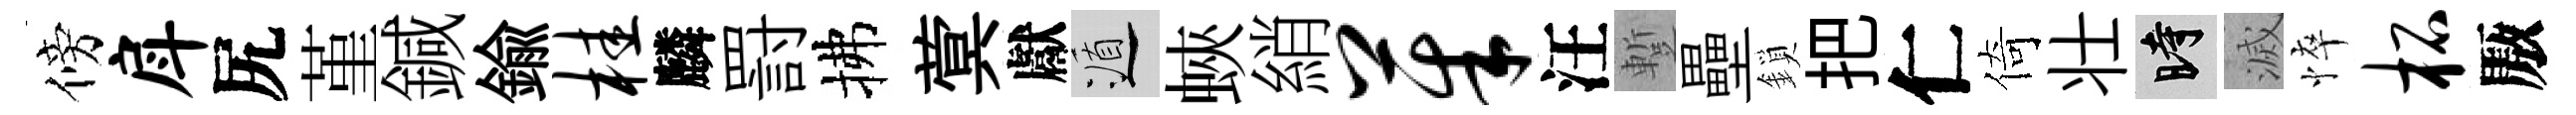
傍戽尻堇鍼鍮桂麟罸拂蓂獻遁蛺綃茱汪蹔壘鎖把仁倚壮时滅悴柘厫